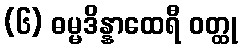
(၆) ဓမ္မဒိန္နာထေရီ ဝတ္ထု